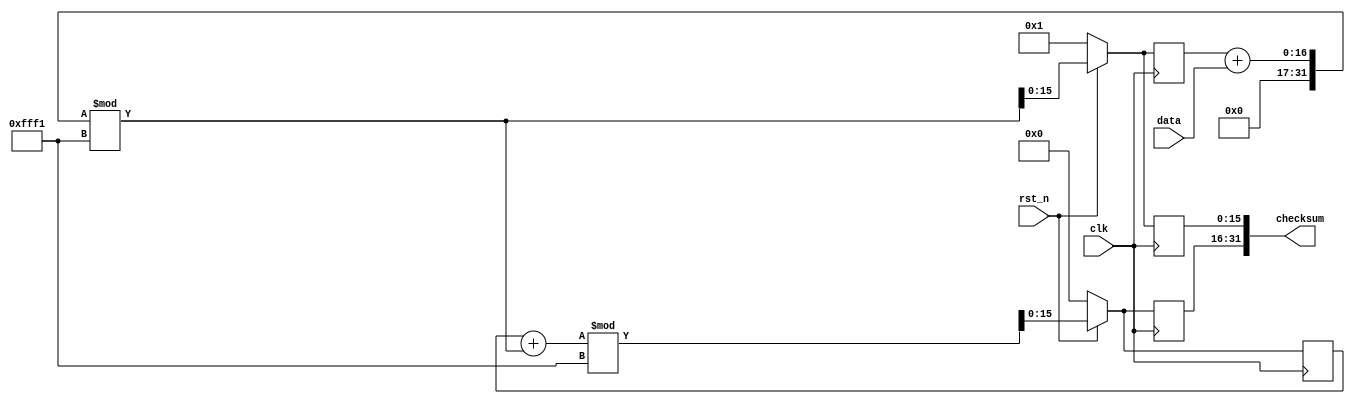
module adler32_acc(
    input clk,
    input rst_n,
    input [7:0] data,
    output [31:0] checksum
);

    reg [15:0] Anew, Aold;
    reg [15:0] Bnew, Bold;


    always @(posedge clk) begin
        if(!rst_n) begin
            Anew <= 1;
            Bnew <= 0;
            Aold <= 1;
            Bold <= 0;
            end
        else begin
            Anew = ((Aold + data)%65521);
            Bnew = ((Bold + ((Aold + data)%65521))%65521);
            Aold = Anew;
            Bold = Bnew;
            end
    end
    assign checksum = { Bnew, Anew };

endmodule